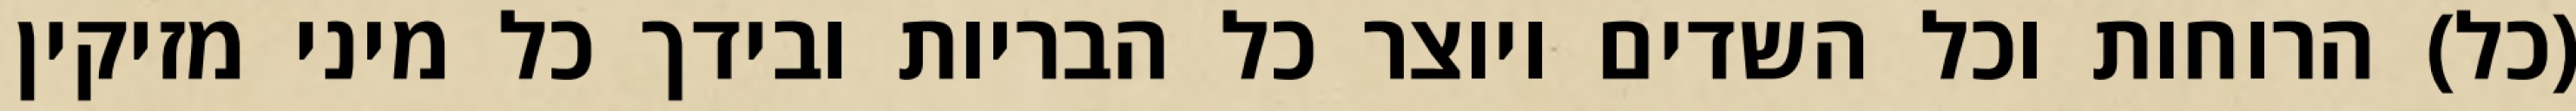
(כל) הרוחות וכל השדים ויוצר כל הבריות ובידך כל מיני מזיקין